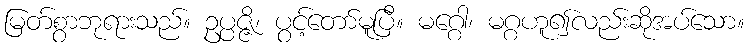
မြတ်စွာဘုရားသည်။ ဥပ္ပဇ္ဇိ၊ ပွင့်တော်မူပြီ။ မဂ္ဂေါ၊ မဂ္ဂဟူ၍လည်းဆိုအပ်သော။